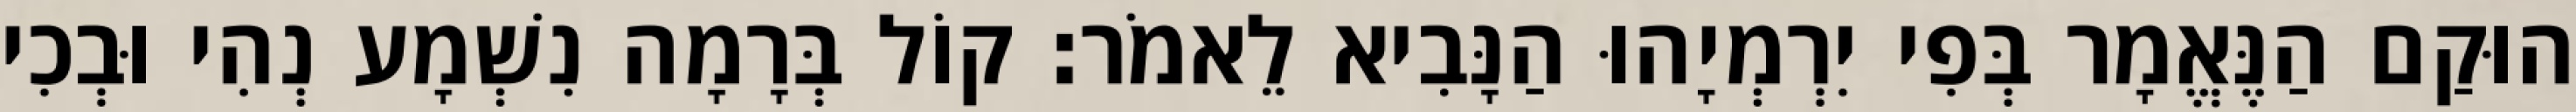
הוּקַם הַנֶּאֱמָר בְּפִי יִרְמְיָהוּ הַנָּבִיא לֵאמֹר׃ קוֹל בְּרָמָה נִשְׁמָע נְהִי וּבְכִי